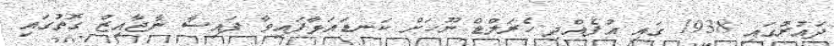
ދައުރުގައި 1938 ގައި އުފެއްދި ހެރަލްޑް ނޫހަށް ކަނޑައަޅާފައިވާ ފައިސާ ނާޖާއިޒް ގޮތުގައި